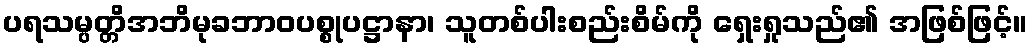
ပရသမ္ပတ္တိအဘိမုခဘာဝပစ္စုပဋ္ဌာနာ၊ သူတစ်ပါးစည်းစိမ်ကို ရှေးရှုသည်၏ အဖြစ်ဖြင့်။